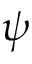
\psi